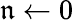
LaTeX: \mathfrak{n}\leftarrow0